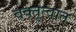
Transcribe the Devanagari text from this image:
वक्तृत्वांत